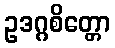
ဥဒဂ္ဂစိတ္တော